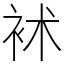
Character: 䘤